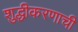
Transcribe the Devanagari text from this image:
शुद्धीकरणाची